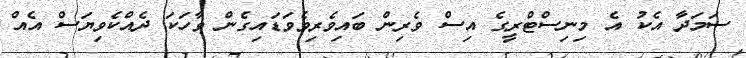
ސަމަދާ އެކު އެ މިނިސްޓްރީގެ އިސް ވެރިން ބައިވެރިވެވަޑައިގެން ވާހަކަ ދެއްކެވިޔަސް އެއް